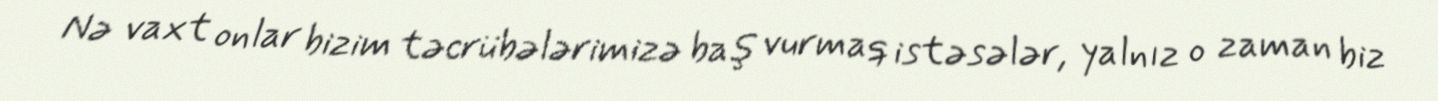
Nə vaxt onlar bizim təcrübələrimizə baş vurmaq istəsələr, yalnız o zaman biz